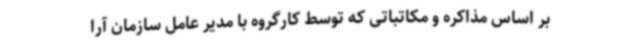
بر اساس مذاکره و مکاتباتی که توسط کارگروه با مدیر عامل سازمان آرا